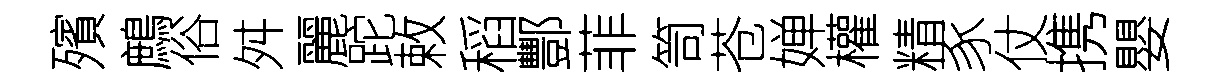
殯鷓俗舛麗跎敕稻酆菲笥苍婵權精豕仗携嬰